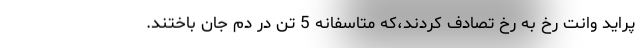
پراید وانت رخ به رخ تصادف کردند،که متاسفانه 5 تن در دم جان باختند.